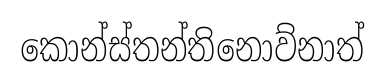
කොන්ස්තන්තිනොව්නාත්